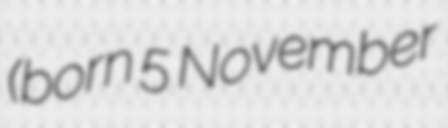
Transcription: (born 5 November